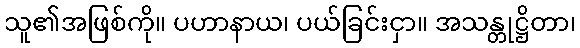
သူ၏အဖြစ်ကို။ ပဟာနာယ၊ ပယ်ခြင်းငှာ။ အသန္တုဋ္ဌိတာ၊